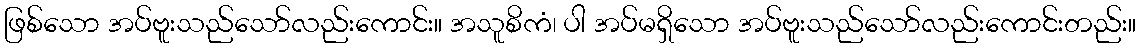
ဖြစ်သော အပ်ဗူးသည်သော်လည်းကောင်း။ အသူစိကံ၊ ပါ အပ်မရှိသော အပ်ဗူးသည်သော်လည်းကောင်းတည်း။